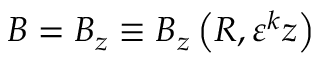
B = B _ { z } \equiv B _ { z } \left( R , \varepsilon ^ { k } z \right)